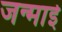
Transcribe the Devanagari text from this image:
जन्माई